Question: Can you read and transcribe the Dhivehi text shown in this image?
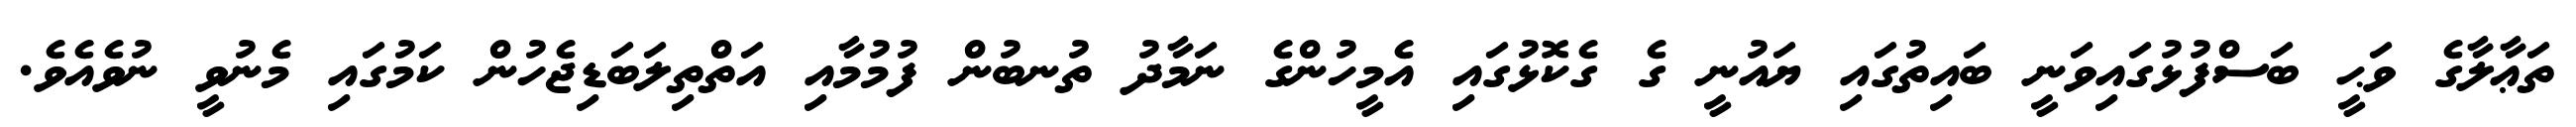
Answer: ތަޢާލާގެ ވަޙީ ބަސްފުޅުގައިވަނީ ބައިތުގައި ޔައުނީ ގެ ގެކޮޅުގައި އެމީހުންގެ ނަމާދު ތުނބުން ފުމުމާއި އަތްތިލަބަޑިޖެހުން ކަމުގައި މެނުވީ ނުވެއެވެ.